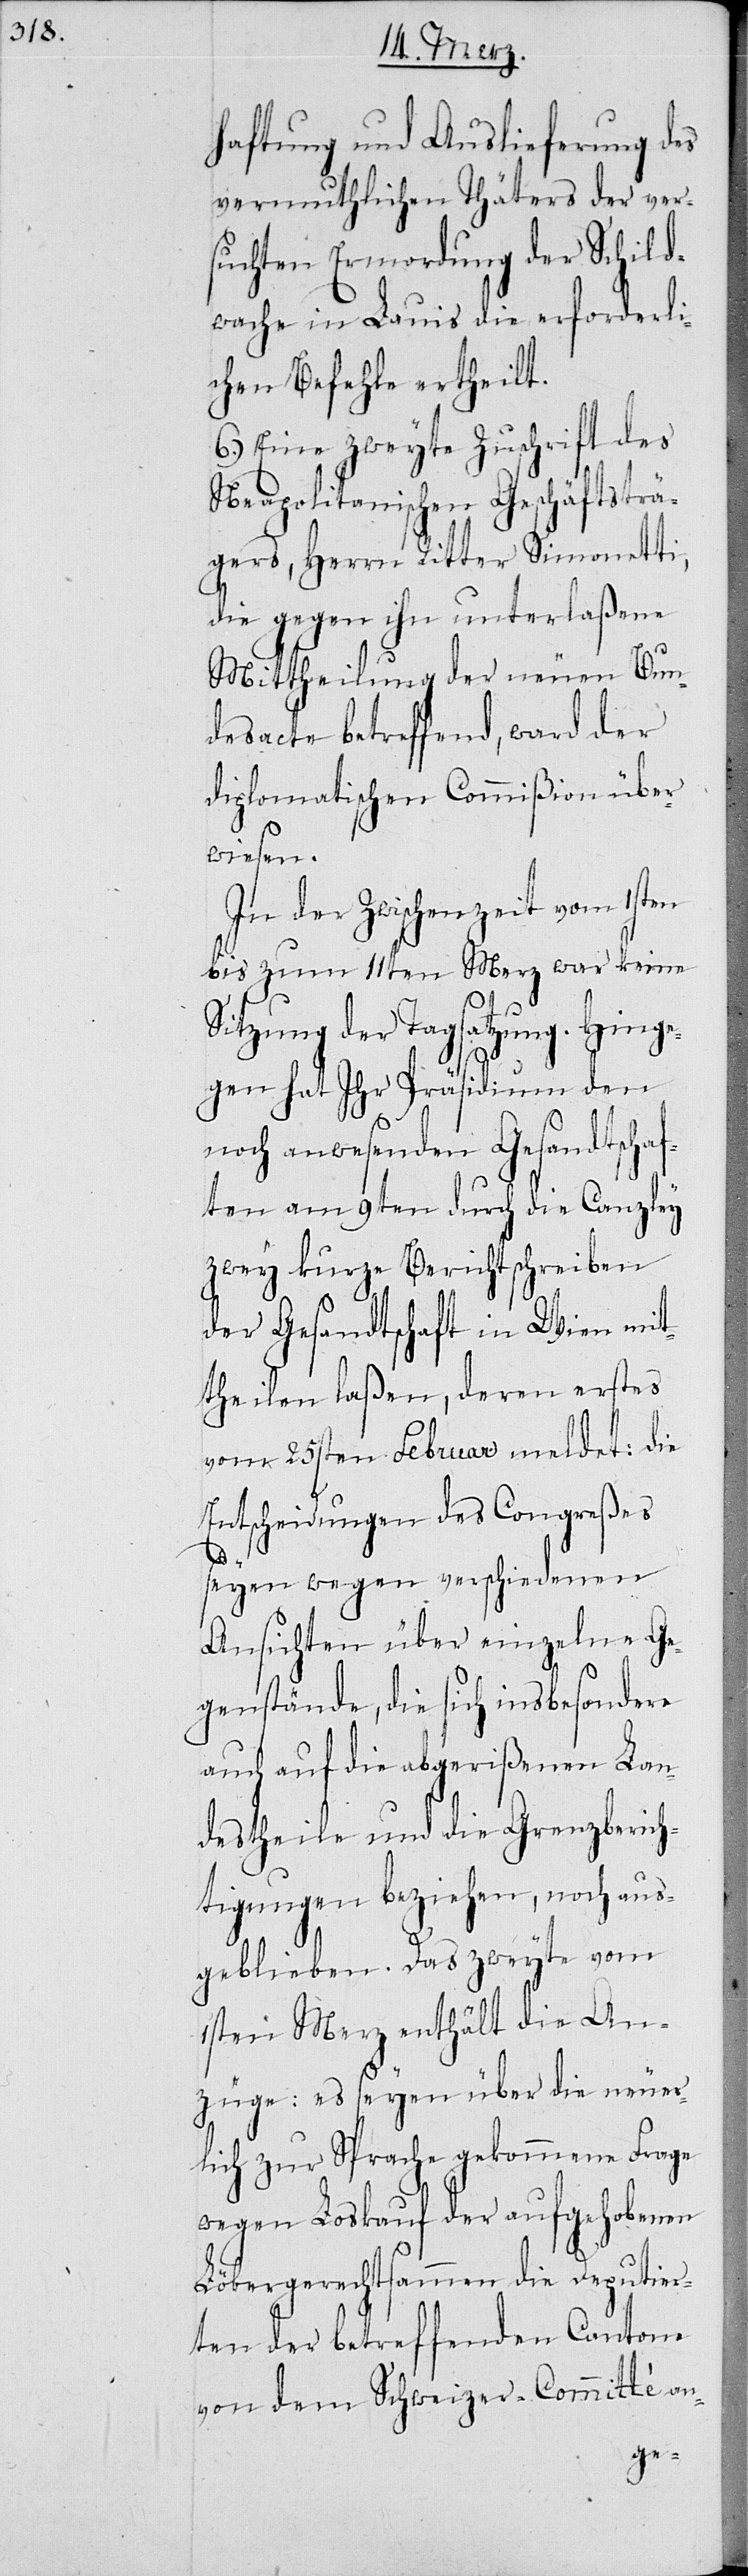
haftung und Auslieferung des
vermuthlichen Thäters der ve¬
suchten Ermordung der Schild¬
wache in Lauis die erforderli¬
chen Befehle ertheilt.
6.) Eine zweyte Zuschrift des
Neapolitanischen Geschäftsträ¬
gers, Herrn Ritter Simonetti,
die gegen ihn unterlaßene
Bun¬
Mittheilung der neuen
desacte betreffend, ward der
diplomatischen Commißion über¬
wiesen.
sbe¬
In der Zwischenzeit vom
bis zum 11ten Merz war keine
Sitzung der Tagsatzung. Hing¬
egen hat Ihr Präsidium
noch
noch anwesenden Ges¬
nzley
ten am 9ten durch die C¬
zwey kurze Berichtsc¬
ommene
der Gesandtschaft in
stes
theilen laßen, d¬
vom 25sten Februar
die
Entscheidungen des
seyen wegen verschie¬
rich¬
Ansichten über ein¬
dere
genstände, die sich in¬
te
auch auf die abgeriße¬
eren
destheile und die G¬
tigungen beziehen,
geblieben. Das zwey¬
1sten Merz enthält die An¬
züge: es seyen über die neuer¬
Frage
lich zur Sprache gek¬
wegen Loskauf der aufgehobenen
Löbergerechtsammen die Deputier¬
ten der betreffenden Cantone
von dem Schweizer-Committé an-